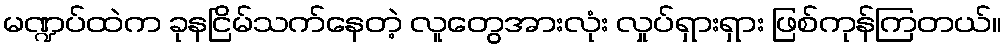
မဏ္ဍပ်ထဲက ခုနငြိမ်သက်နေတဲ့ လူတွေအားလုံး လှုပ်ရှားရှား ဖြစ်ကုန်ကြတယ်။